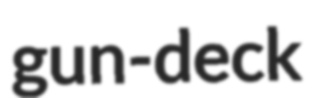
gun-deck